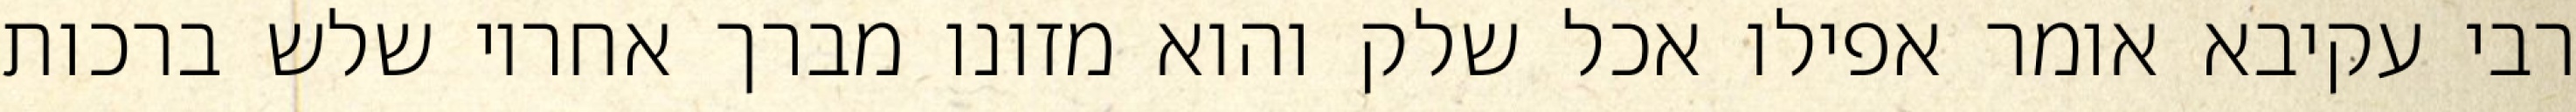
רבי עקיבא אומר אפילו אכל שלק והוא מזונו מברך אחריו שלש ברכות